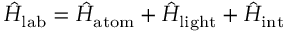
\hat { H } _ { \mathrm { l a b } } = \hat { H } _ { { \mathrm { a t o m } } } + \hat { H } _ { { \mathrm { l i g h t } } } + \hat { H } _ { { \mathrm { i n t } } }